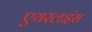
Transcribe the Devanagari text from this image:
एयरलइंस